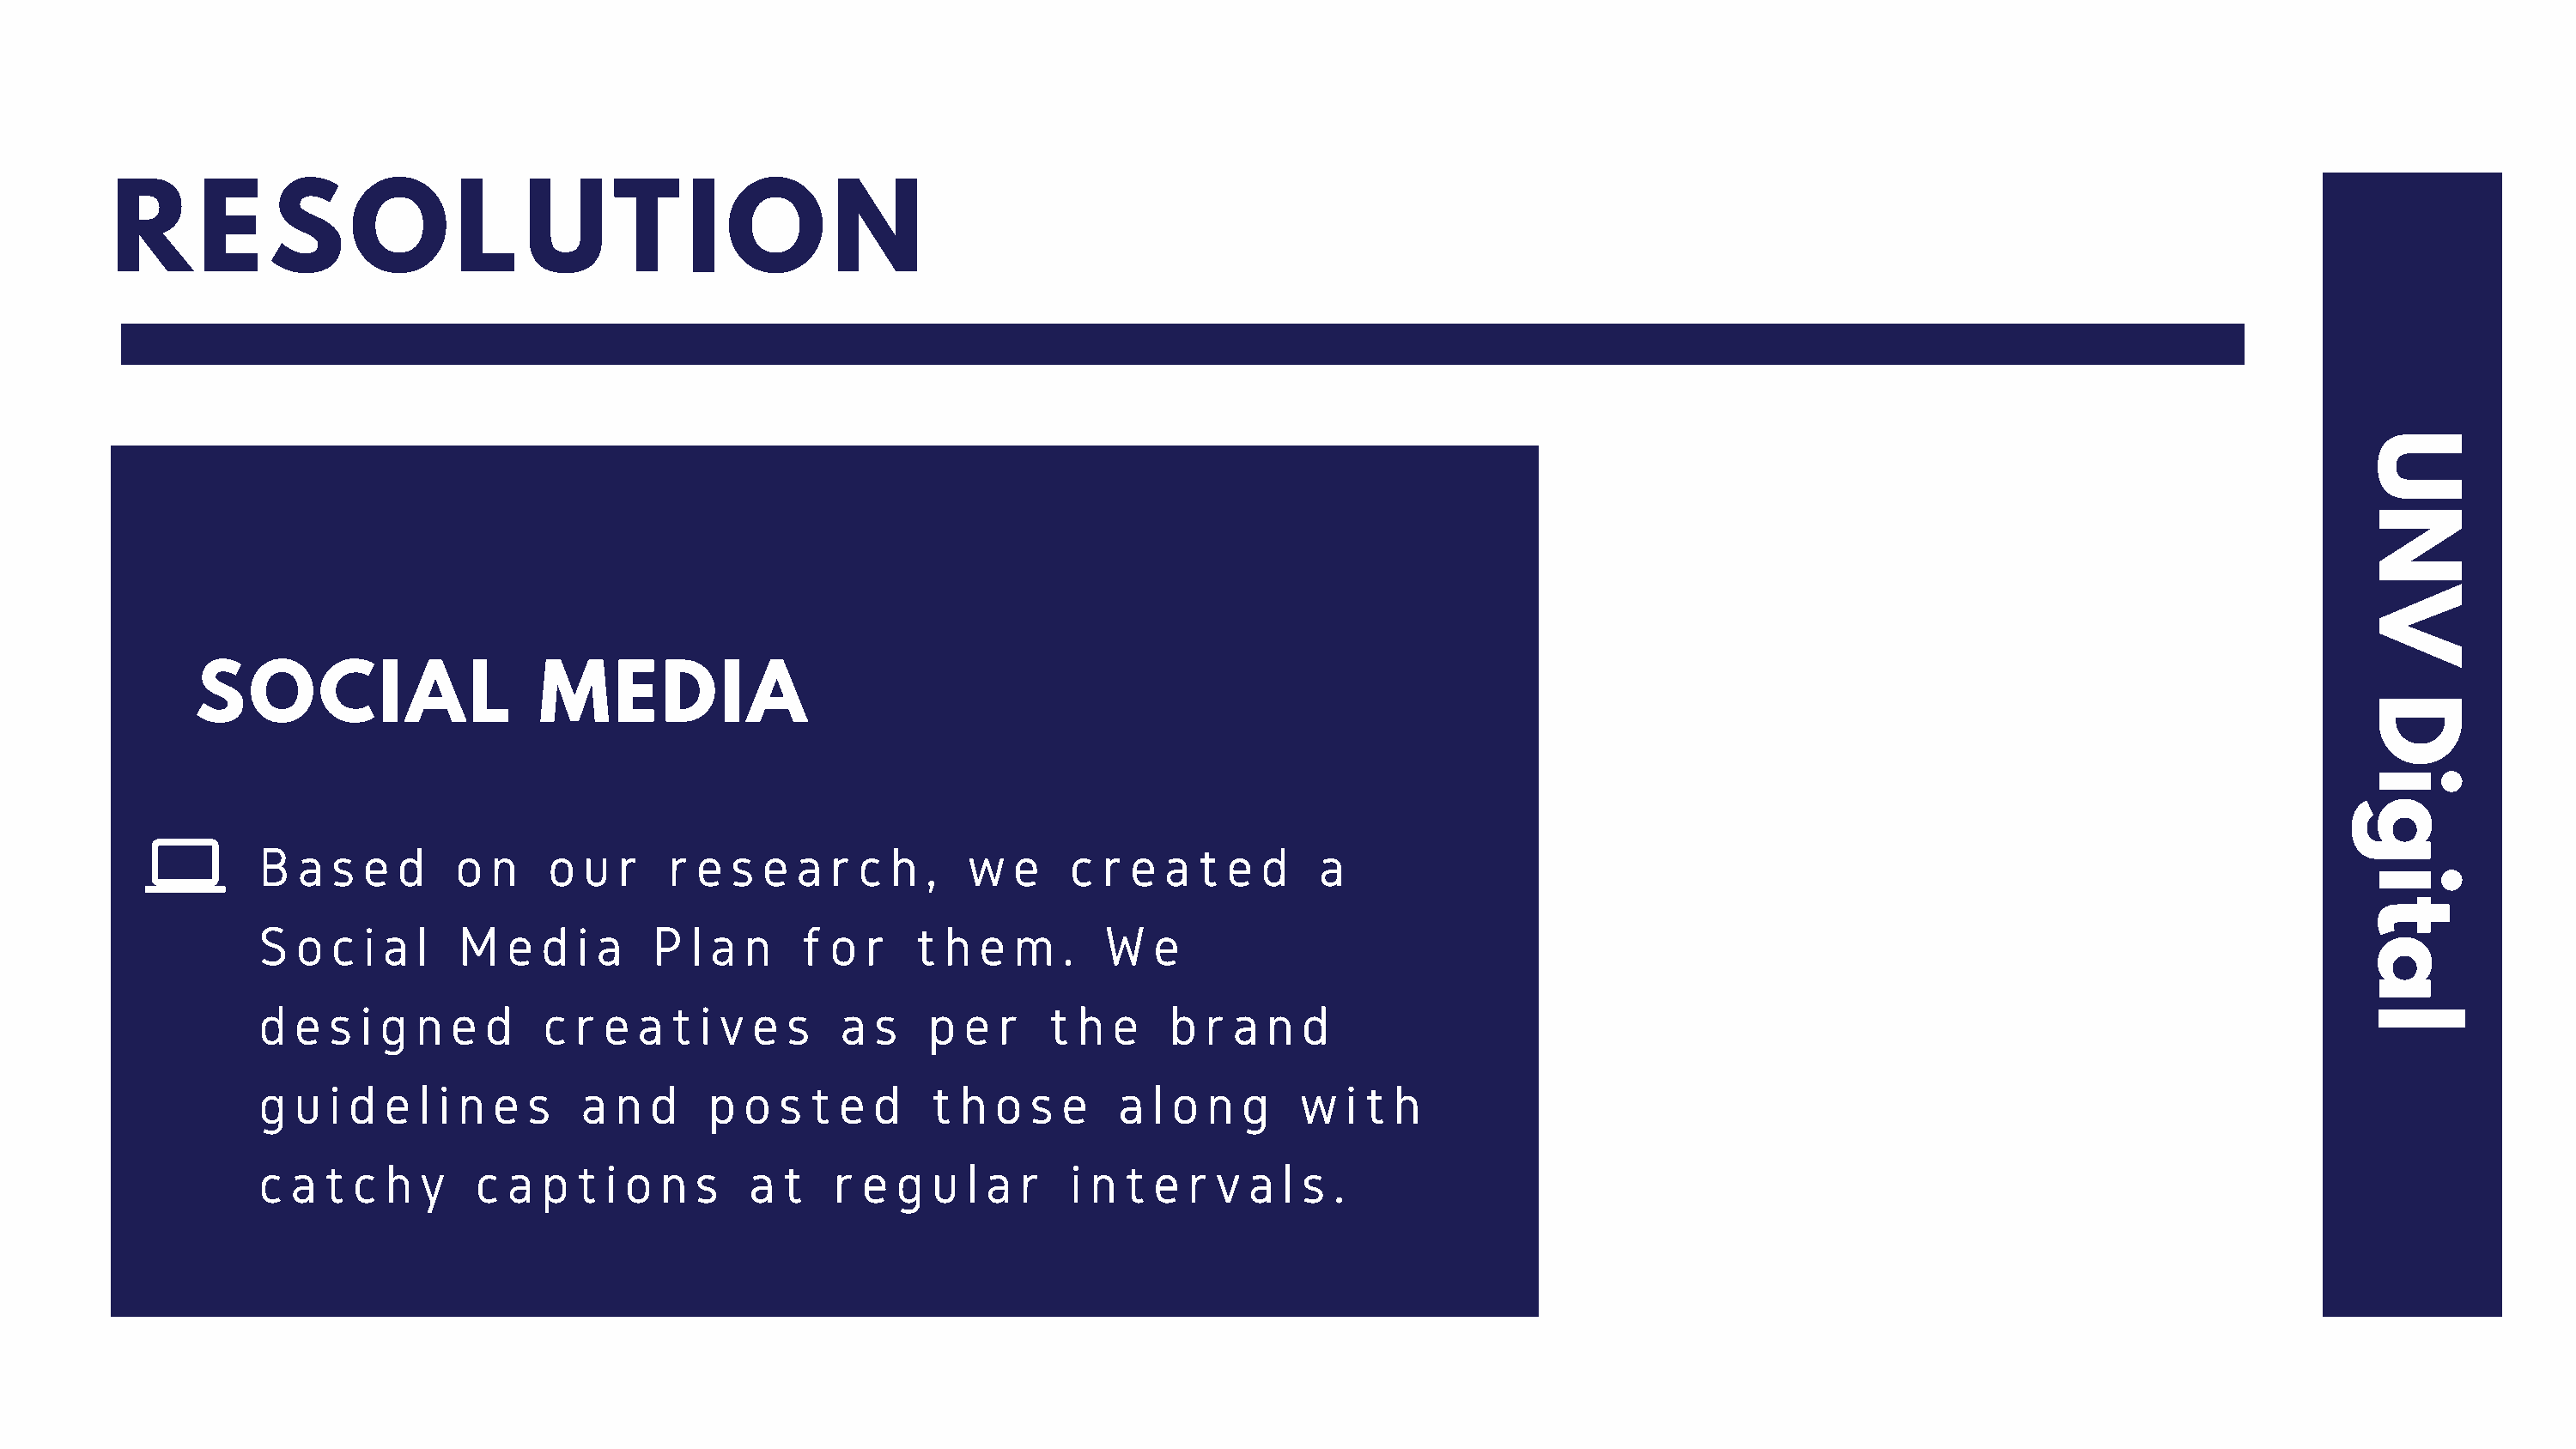
R     E     S     O       L    U      T     I  O       N
 U
 N
 V
 SOCIAL                     MEDIA
 D
 i
 g
 B  a  s e  d   o  n   o  u  r   r e s  e a  r c  h ,   w  e    c r e  a t  e d    a
 i
 t
 S  o  c i a l  M   e  d i a   P  l a n    f o  r   t h  e m   .  W   e
 a
 d  e s  i g n  e d    c r  e a  t i v e  s   a s    p e  r   t h  e   b  r a  n d                                                                                l
 g  u i d  e l i n e  s   a n  d    p o  s t  e d    t h  o s  e   a  l o n  g   w   i t h
 c a  t c  h y    c a  p t  i o n  s   a t   r e  g  u  l a r   i n t e  r v a  l s .